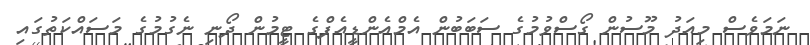
ނަމަވެސް މިއަދު މޫސުން ގޯސްވުމުގެ ސަބަބުން އެމްއެންޑީއެފްގެ ޓީމުން ދޯނި ނެގުމުގެ މަސައްކަތުގައި